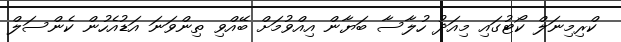
ކްރިމިނަލް ކޯޓުގައި މިއަދު ހުލާސާ ބަޔާން އިއްވުމަށް ބޭއްވި ތިންވަނަ އަޑުއެހުން ކެންސަލް